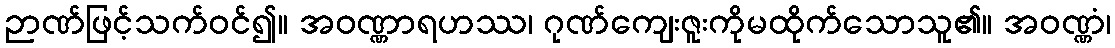
ဉာဏ်ဖြင့်သက်ဝင်၍။ အဝဏ္ဏာရဟဿ၊ ဂုဏ်ကျေးဇူးကိုမထိုက်သောသူ၏။ အဝဏ္ဏံ၊